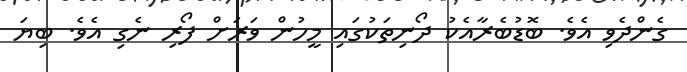
ގެންދެވި އެވެ. ބޮޑުބެރާއެކު ދޯނިތަކުގައި މީހުން ވަރަށް ފޯރި ނެގި އެވެ. ބިޔަ